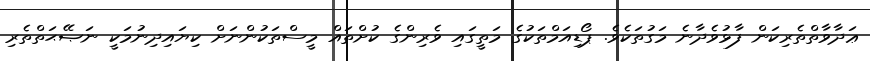
ޢަދާވާތްތެރިކަން ފާޅުވެދާނެ މަގުތަކެވެ. ޕޯޑިއަމްތަކުގެ މަތީގައި ވެރިންގެ ކުށްތައް މީސްތަކުންނަށް ކިޔައިދިނުމަކީ ނަޞޭޙަތްތެރި